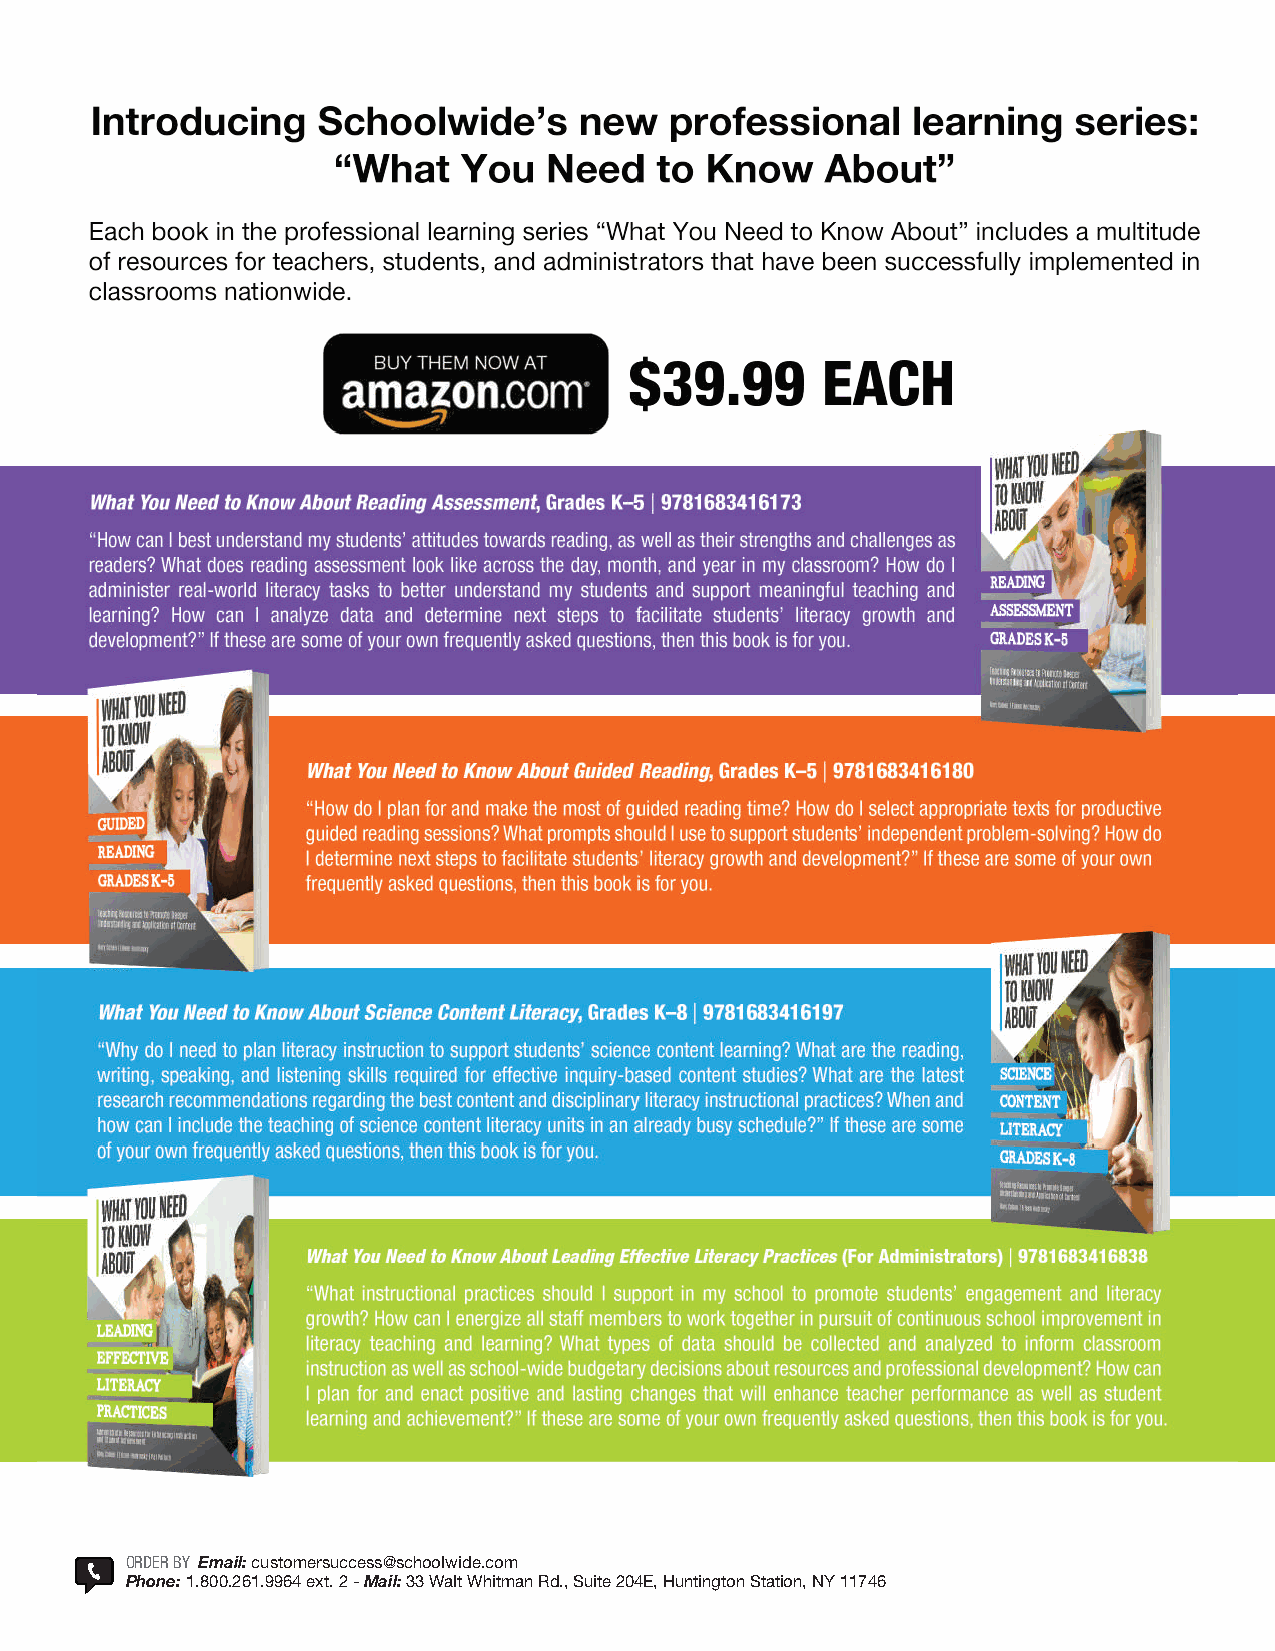
ORDER BY Email: customersuccess@schoolwide .com
 Phone: 1 .800 .261 .9964 ext . 2 - Mail: 33 Walt Whitman Rd ., Suite 204E, Huntington Station, NY 11746